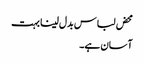
محض لباس بدل لینا بہت
آسان ہے۔